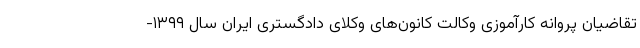
تقاضیان پروانه کارآموزی وکالت کانون‌های وکلای دادگستری ایران سال ۱۳۹۹-